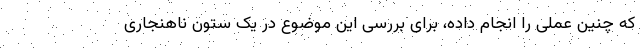
که چنین عملی را انجام داده، برای بررسی این موضوع در یک ستون ناهنجاری